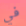
في